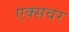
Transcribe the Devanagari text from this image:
एक्सवर